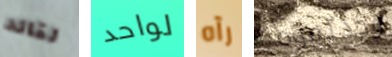
لقائد لواحد رآه وجدتموه